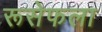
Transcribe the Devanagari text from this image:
रूसेफला